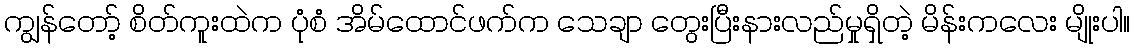
ကျွန်တော့် စိတ်ကူးထဲက ပုံစံ အိမ်ထောင်ဖက်က သေချာ တွေးပြီးနားလည်မှုရှိတဲ့ မိန်းကလေး မျိုးပါ။